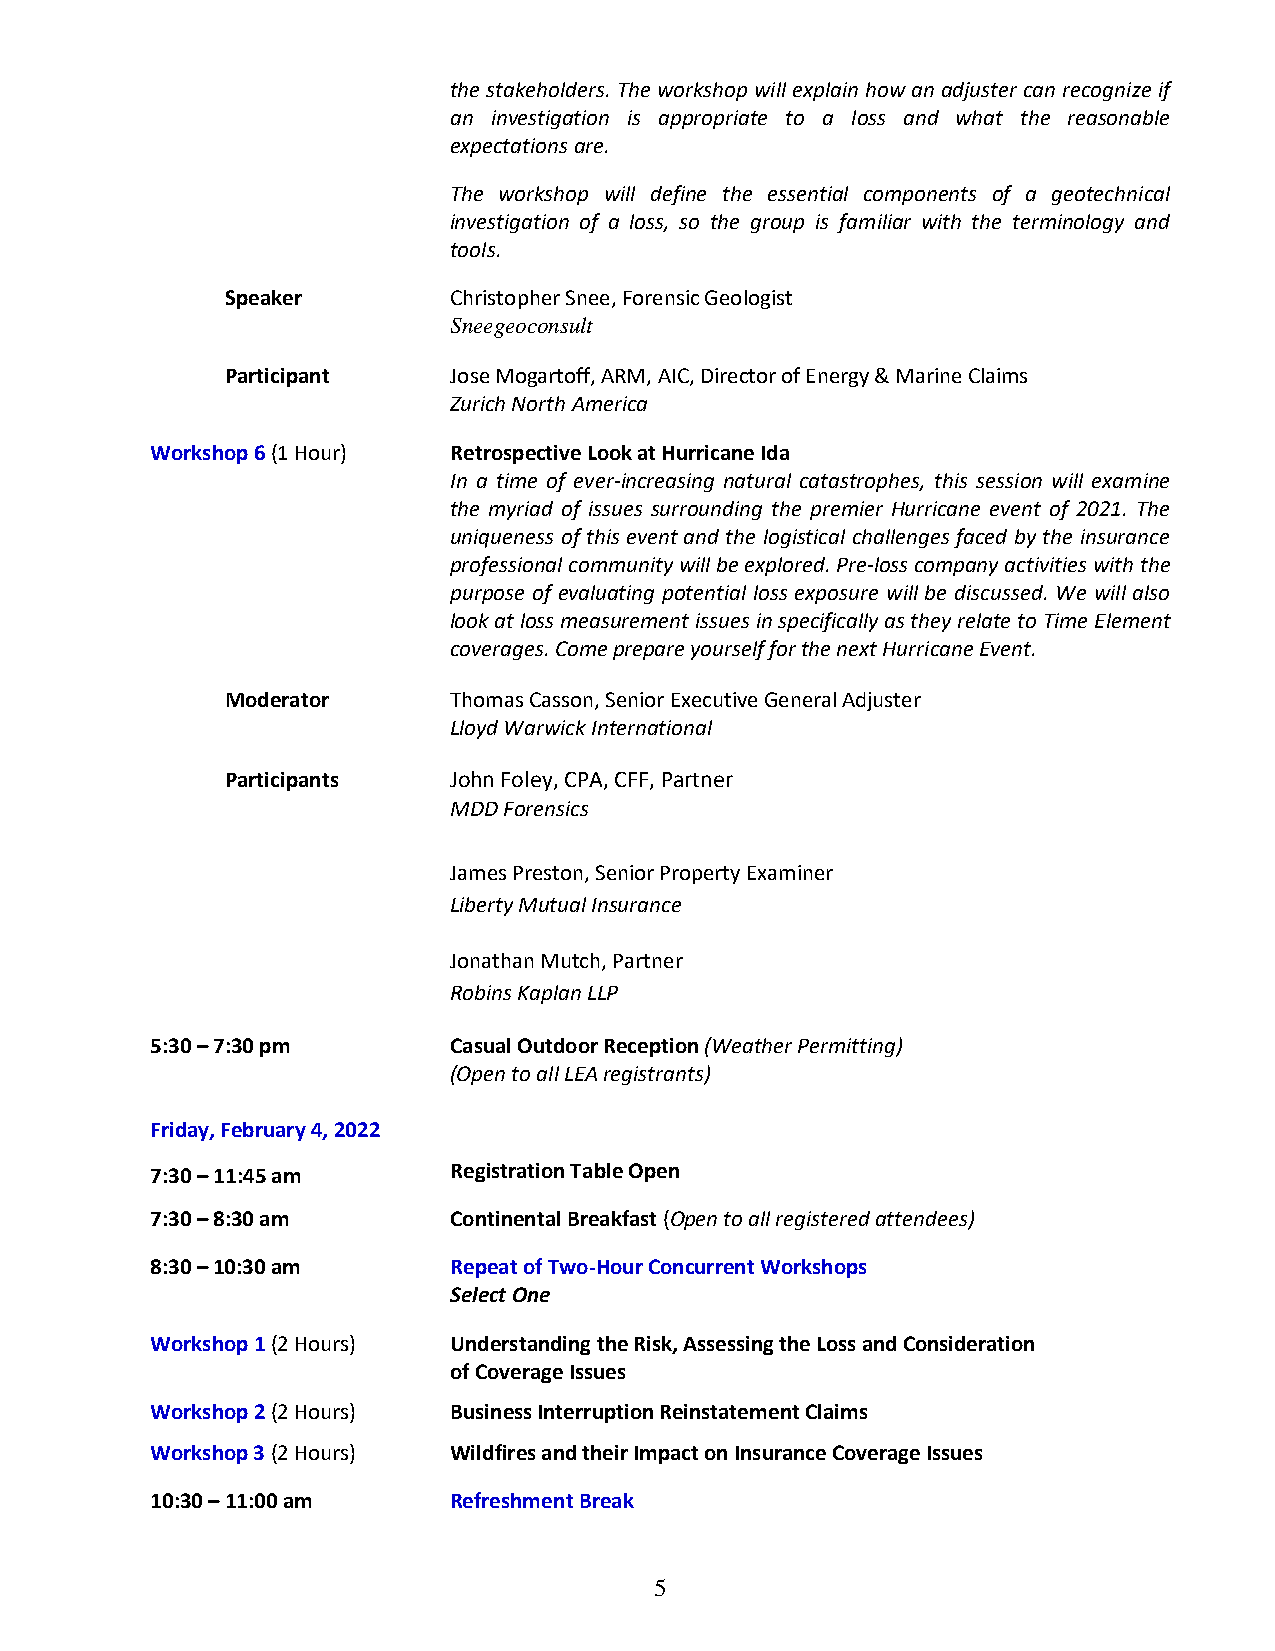
the stakeholders. The workshop will explain how an adjuster can recognize if
 an investigation is appropriate to a loss and what the reasonable
 expectations are.
 The workshop will define the essential components of a geotechnical
 investigation of a loss, so the group is familiar with the terminology and
 tools.
 Speaker        Christopher Snee, Forensic Geologist
 Sneegeoconsult
 Participant    Jose Mogartoff, ARM, AIC, Director of Energy & Marine Claims
 Zurich North America
 Workshop 6 (1 Hour) Retrospective Look at Hurricane Ida
 In a time of ever-increasing natural catastrophes, this session will examine
 the myriad of issues surrounding the premier Hurricane event of 2021. The
 uniqueness of this event and the logistical challenges faced by the insurance
 professional community will be explored. Pre-loss company activities with the
 purpose of evaluating potential loss exposure will be discussed. We will also
 look at loss measurement issues in specifically as they relate to Time Element
 coverages. Come prepare yourself for the next Hurricane Event.
 Moderator      Thomas Casson, Senior Executive General Adjuster
 Lloyd Warwick International
 Participants   John Foley, CPA, CFF, Partner
 MDD Forensics
 James Preston, Senior Property Examiner
 Liberty Mutual Insurance
 Jonathan Mutch, Partner
 Robins Kaplan LLP
 5:30 – 7:30 pm      Casual Outdoor Reception (Weather Permitting)
 (Open to all LEA registrants)
 Friday, February 4, 2022
 7:30 – 11:45 am     Registration Table Open
 7:30 – 8:30 am      Continental Breakfast (Open to all registered attendees)
 8:30 – 10:30 am     Repeat of Two-Hour Concurrent Workshops
 Select One
 Workshop 1 (2 Hours) Understanding the Risk, Assessing the Loss and Consideration
 of Coverage Issues
 Workshop 2 (2 Hours) Business Interruption Reinstatement Claims
 Workshop 3 (2 Hours) Wildfires and their Impact on Insurance Coverage Issues
 10:30 – 11:00 am    Refreshment Break
 5